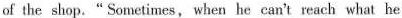
of the shop.“ Sometimes, when he can't reach what he